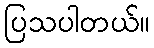
ပြသပါတယ်။